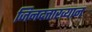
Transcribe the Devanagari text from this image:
जिनदत्ताख्यान